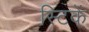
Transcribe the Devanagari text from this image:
स्टिकें